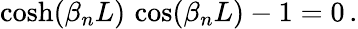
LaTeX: \cosh(\beta_{n}L)\, \cos(\beta_{n}L)-1=0\, .